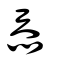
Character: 忝